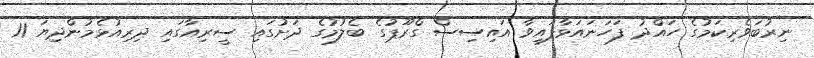
ނިރުބަވެރިކަމުގެ ހައްދު ފަހަނައަޅާފައިވާ އައިސިސް ގްރޫޕުގެ ބެލުމުގެ ދަށުގައި ސީރިއާގައި ދިރިއުޅެމުންދިޔަ 11